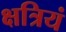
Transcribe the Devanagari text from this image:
क्षत्रियं